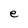
Character: e